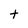
Character: t